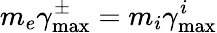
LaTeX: m_{e}\gamma_{\mathrm{max}}^{\pm}=m_{i}\gamma_{\mathrm{max}}^{i}